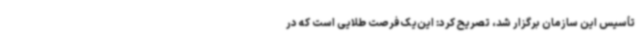
تأسیس این سازمان برگزار شد، تصریح کرد: این‌یک فرصت طلایی است که در